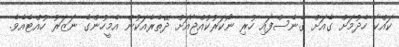
ކައްކާ ހެދުމަށް ގެއަށް ގެނެސްފައި ހުރި ނޯކަރުކުއްޖާއަށް ދޭތެރެއަކުން އެމީހުންގެ ނަޒަރު ހުއްޓެއެވެ.